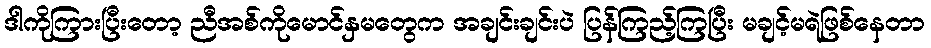
ဒါကိုကြားပြီးတော့ ညီအစ်ကိုမောင်နှမတွေက အချင်းချင်းပဲ ပြန်ကြည့်ကြပြီး မချင့်မရဲဖြစ်နေတာ